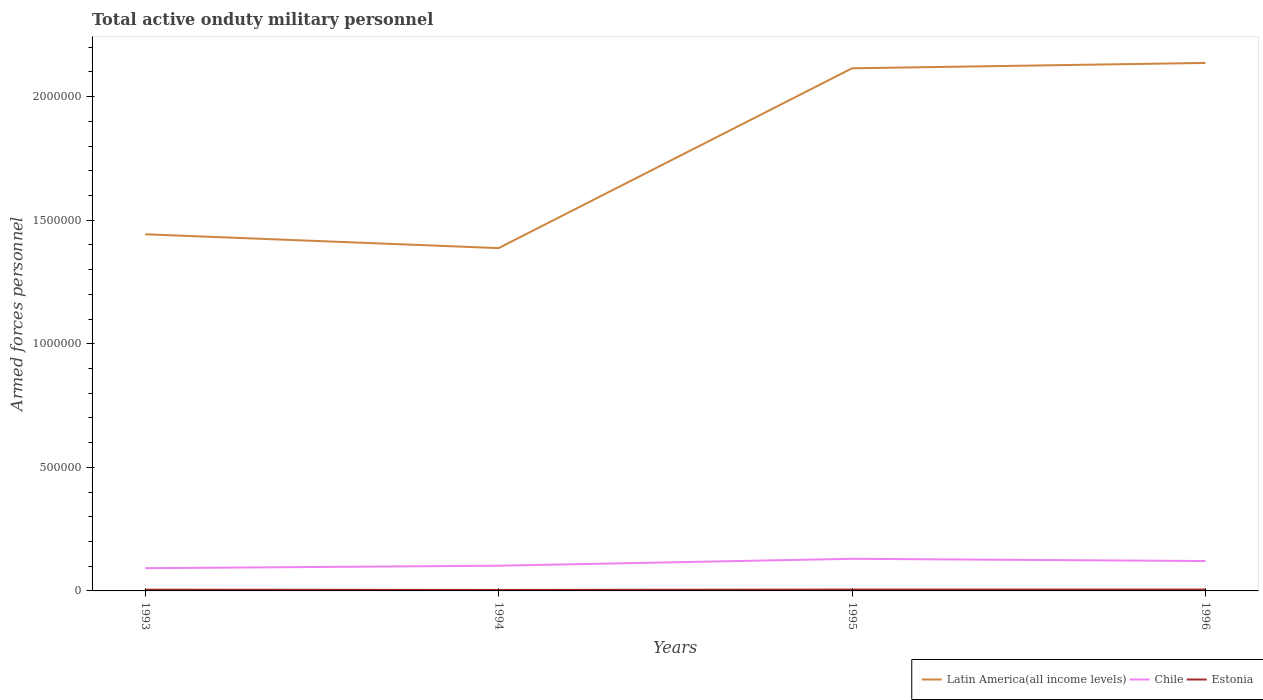
| Years | Latin America(all income levels) | Chile | Estonia |
 | --- | --- | --- | --- |
 | 1993 | 1.44e+06 | 9.2e+04 | 5e+03 |
 | 1994 | 1.39e+06 | 1.02e+05 | 4e+03 |
 | 1995 | 2.11e+06 | 1.3e+05 | 5.5e+03 |
 | 1996 | 2.14e+06 | 1.21e+05 | 5.5e+03 |